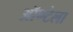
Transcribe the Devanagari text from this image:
ऑण्टेला